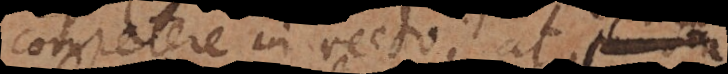
competere in recto, at puncta